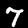
Label: 7